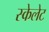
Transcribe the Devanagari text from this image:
स्केलेट